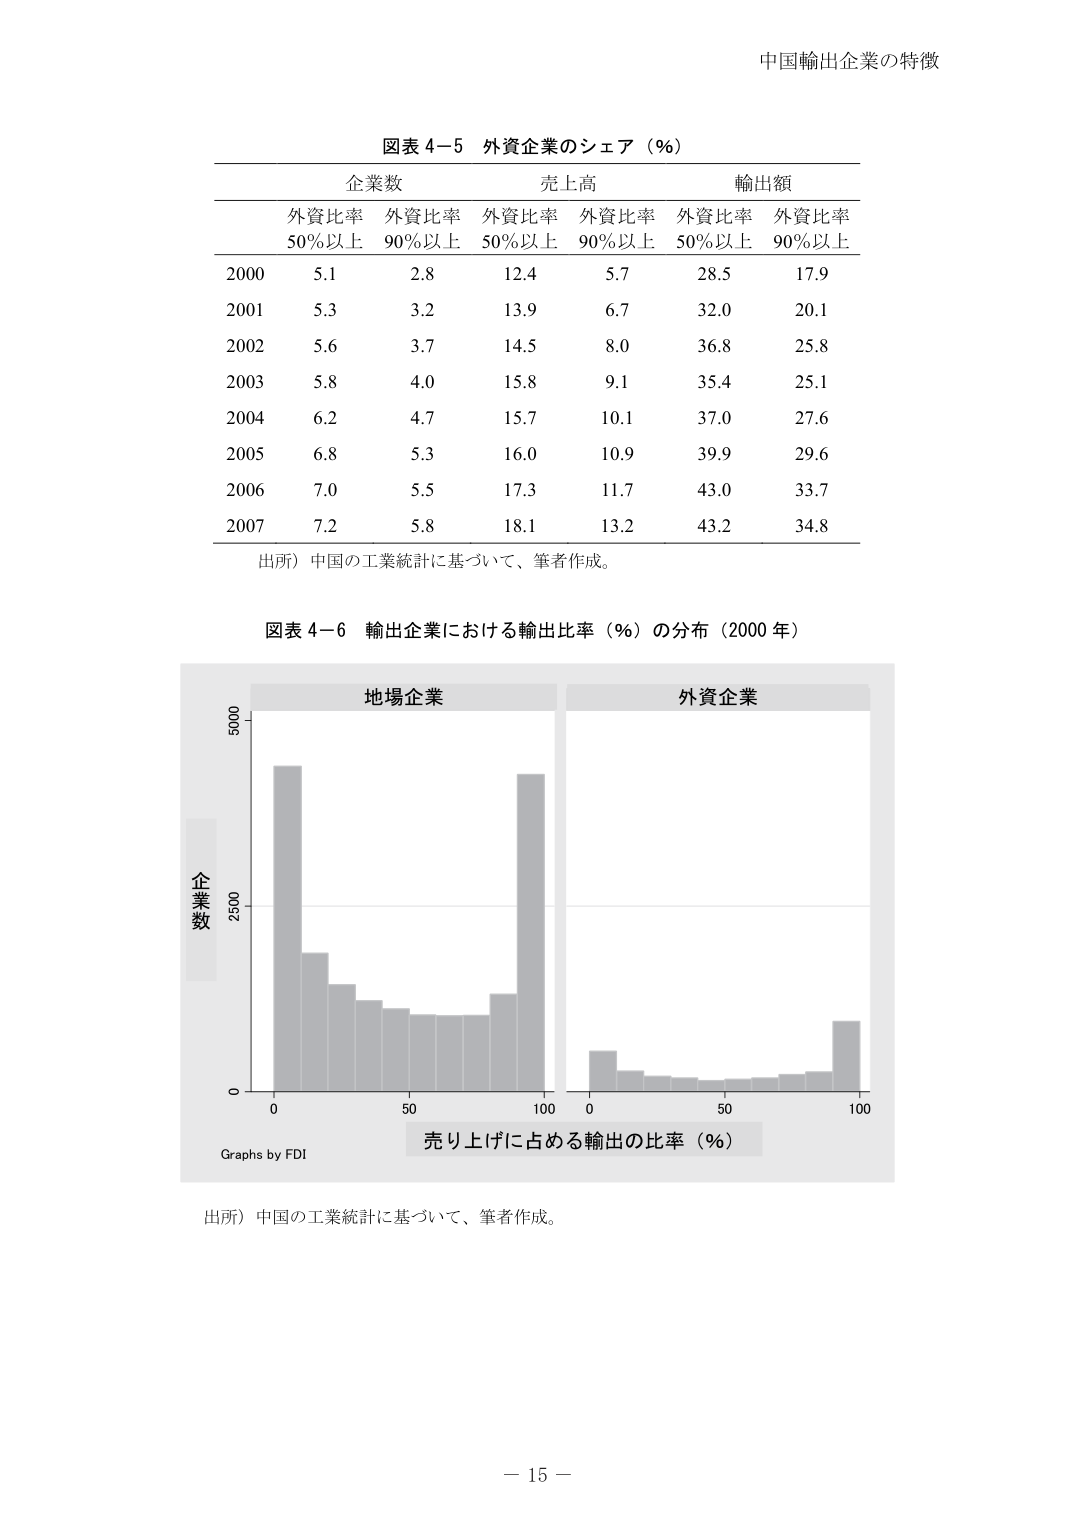
中国輸出企業の特徴

図表 4−5 外資企業のシェア（％）

企業数 売上高 輸出額
外資比率 外資比率 外資比率 外資比率 外資比率 外資比率
50％以上 90％以上 50％以上 90％以上 50％以上 90％以上

2000 5.1 2.8 12.4 5.7 28.5 17.9
2001 5.3 3.2 13.9 6.7 32.0 20.1
2002 5.6 3.7 14.5 8.0 36.8 25.8
2003 5.8 4.0 15.8 9.1 35.4 25.1
2004 6.2 4.7 15.7 10.1 37.0 27.6
2005 6.8 5.3 16.0 10.9 39.9 29.6
2006 7.0 5.5 17.3 11.7 43.0 33.7
2007 7.2 5.8 18.1 13.2 43.2 34.8

出所）中国の工業統計に基づいて、筆者作成。

図表 4−6 輸出企業における輸出比率（％）の分布（2000 年）

地場企業 外資企業

企業数
5000
2500
0
0 50 100 0 50 100
売り上げに占める輸出の比率（％）

Graphs by FDI

出所）中国の工業統計に基づいて、筆者作成。

－ 15 －